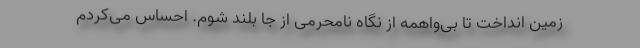
زمین انداخت تا بی‌واهمه از نگاه نامحرمی از جا بلند شوم. احساس می‌کردم